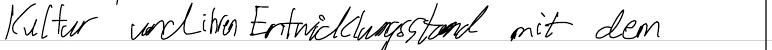
Kultur und ihren Entwicklungsstand mit dem